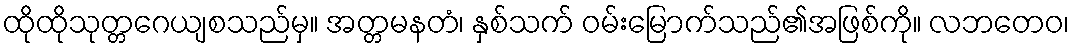
ထိုထိုသုတ္တဂေယျစသည်မှ။ အတ္တမနတံ၊ နှစ်သက် ဝမ်းမြောက်သည်၏အဖြစ်ကို။ လဘတေဝ၊